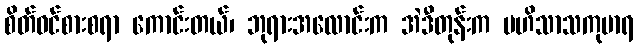
စိတ်ဝင်စားစရာ ကောင်းတယ်၊ ဘုရားအလောင်းက အဲဒီတုန်းက မဟိသာသကုမာရ